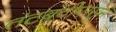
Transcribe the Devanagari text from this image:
तटबंदीपासून